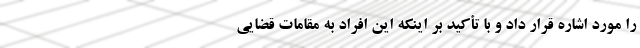
را مورد اشاره قرار داد و با تأکید بر اینکه این افراد به مقامات قضایی